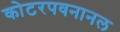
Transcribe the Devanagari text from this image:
कोटरपवनानल